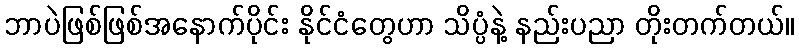
ဘာပဲဖြစ်ဖြစ်အနောက်ပိုင်း နိုင်ငံတွေဟာ သိပ္ပံနဲ့ နည်းပညာ တိုးတက်တယ်။